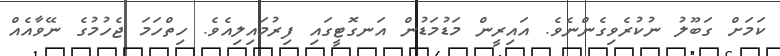
ކަމަށް ގަބޫލު ނުކުރެވިގެންނެވެ. އައިރީން މަޑުމަޑުން އަނގޮޓީގައި ފިރުމައިލިއެވެ. ހިތްހަމަ ޖެހުމުގެ ނޭވާއެއް